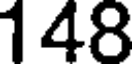
148